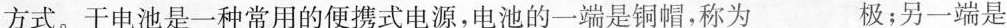
方式。干电池是一种常用的便携式电源，电池的一端是铜帽，称为___极；另一端是